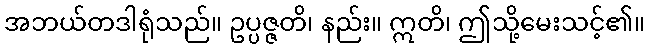
အဘယ်တဒါရုံသည်။ ဥပ္ပဇ္ဇတိ၊ နည်း။ ဣတိ၊ ဤသို့မေးသင့်၏။